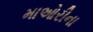
માઓરીના